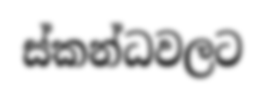
ස්කන්ධවලට